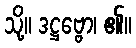
သို့။ ဒဋ္ဌဗ္ဗော၊ ၏။